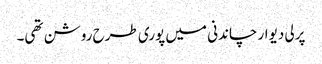
پرلی دیوار چاندنی میں پوری طرح روشن تھی۔